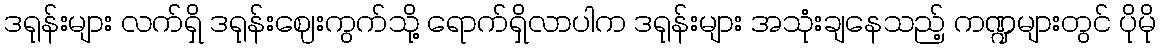
ဒရုန်းများ လက်ရှိ ဒရုန်းဈေးကွက်သို့ ရောက်ရှိလာပါက ဒရုန်းများ အသုံးချနေသည့် ကဏ္ဍများတွင် ပိုမို